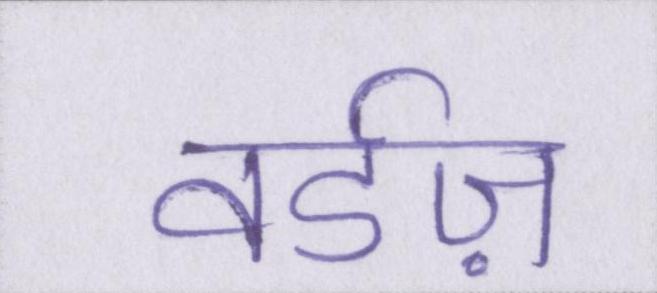
वर्डज़